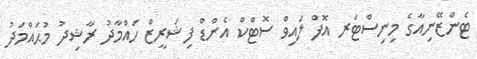
ޓެންޒޭނިއާގެ މިނިސްޓަރ އޮފް ލައިވް ސޮޓްކް އެންޑް ފިޝަރީޒް ހައްމާދު ރާޝިދު މުޙައްމަދު